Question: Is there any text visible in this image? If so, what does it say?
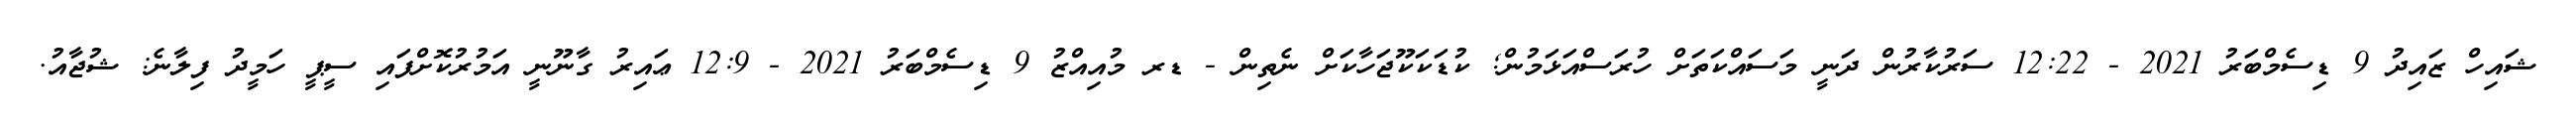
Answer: ޝައިހް ޒައިދު 9 ޑިސެމްބަރު 2021 - 12:22 ސަރުކާރުން ދަނީ މަސައްކަތަށް ހުރަސްއަޅަމުން; ކުޑަކަކޫޖަހާކަށް ނެތިން - ޑރ މުއިއްޒު 9 ޑިސެމްބަރު 2021 - 12:9 ޢައިރު ގާނޫނީ އަމުރުކޮށްފައި ސީޕީ ހަމީދު ފިލާނެ: ޝުޖާއު.